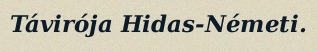
Távirója Hidas-Németi.